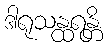
ဒါရုသန္ထရန္တိ